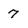
Character: 7